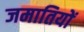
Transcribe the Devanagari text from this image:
जमातियों